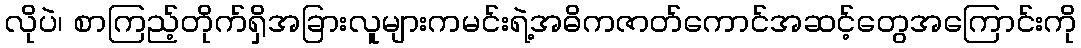
လိုပဲ၊ စာကြည့်တိုက်ရှိအခြားလူများကမင်းရဲ့အဓိကဇာတ်ကောင်အဆင့်တွေအကြောင်းကို